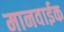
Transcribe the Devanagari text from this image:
मानवाईक